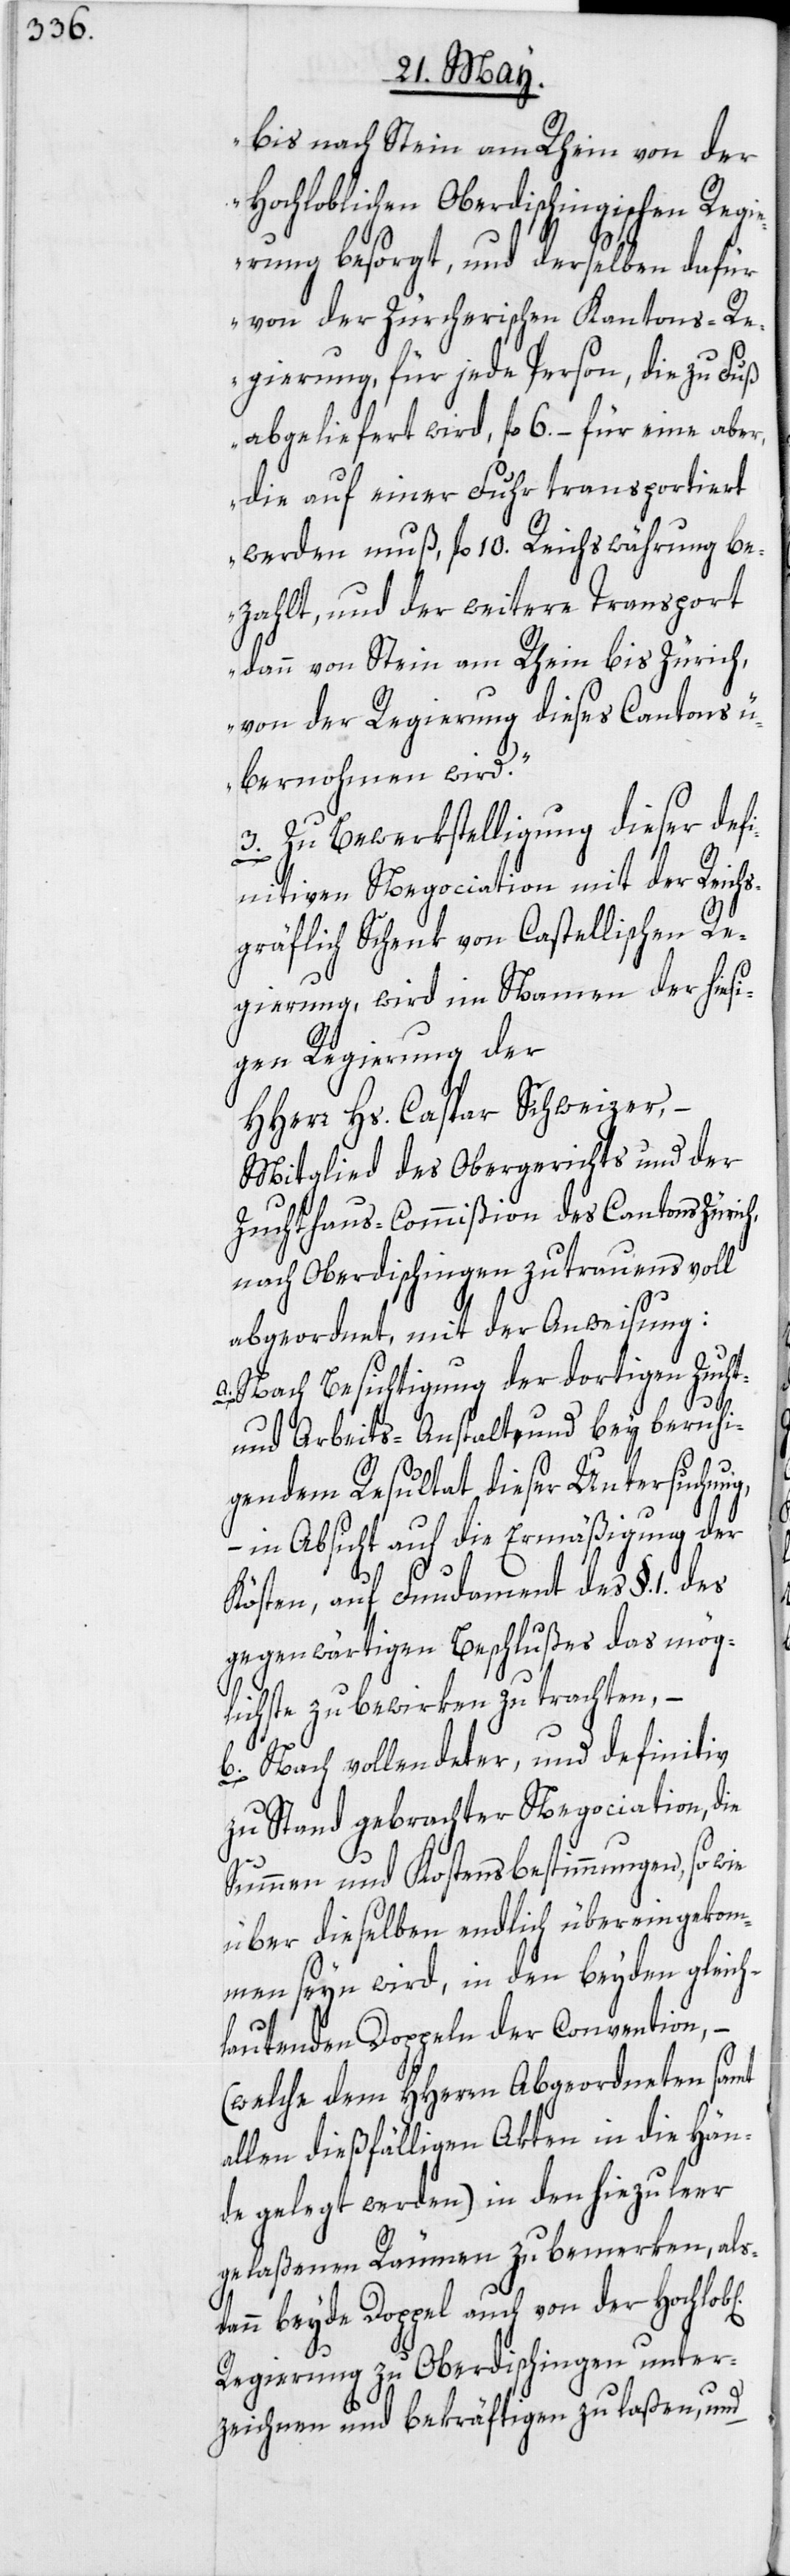
bis nach Stein am Rhein von der
Hochloblichen Oberdischingischen Regi¬
erung besorgt, und derselben dafür
von der Zürcherischen Kantons-Re¬
gierung, für jede Person, die zu Fuß
abgeliefert wird, fl. 6. – für eine aber,
die auf einer Fuhr transportiert
werden muß, fl. 10. Reichswährung be¬
zahlt, und der weitere Transport
dann von Stein am Rhein bis Zürich,
von der Regierung dieses Cantons ü¬
bernohmen wird.“
3. Zu Bewerkstelligung dieser defi¬
nitiven Negociation mit der Reichs¬
gräflich Schenk von Castellischen Re¬
gierung, wird im Namen der hiesi¬
gen Regierung der
HHerr Hs. Caspar Schweizer,
Mitglied des Obergerichts und der
Zuchthaus-Commißion des Cantons Züric¬
nach Oberdischingen zutrauensvoll
abgeordnet, mit der Anweisung:
a. Nach Besichtigung der dortigen Zucht-
ich¬
und Arbeits-Anstalt, und bey beruhi¬
en]
gendem Resultat dieser Untersuchung,
– in Absicht auf die Ermäßigung der
Kösten, auf Fundament des §. 1. des
gegenwärtigen Beschlußes das mög¬
lichste zu bewirken zu trachten, –
b. Nach vollendeter, und definitiv
zu Stand gebrachter Negociation, die
Summen und Kostensbestimmungen, so wie
über dieselben endlich übereingekom¬
men seyn wird, in den beyden gleich¬
lautenden Doppeln der Convention, –
(welche dem HHerrn Abgeordneten samt
allen dießfälligen Akten in die Hän¬
de gelegt werden) in den hiezu leer
gelaßenen Räumen zu bemerken, als¬
dann beyde Doppel auch von der HochLob[l¬
Regierung zu Oberdischingen unter¬
zeichnen und bekräftigen zu laßen, und